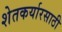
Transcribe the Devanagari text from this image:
शेतकर्यारसाठी